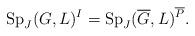
LaTeX: \begin{align*}{\rm Sp}_J({G},L)^{I}={\rm Sp}_J(\overline{G},L)^{\overline{P}}.\end{align*}